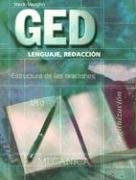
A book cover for GED Lenguaje, Redaccion (Spanish Edition); STECK-VAUGHN; Test Preparation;